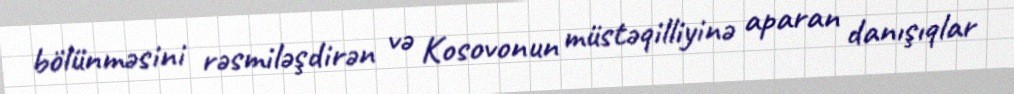
bölünməsini rəsmiləşdirən və Kosovonun müstəqilliyinə aparan danışıqlar